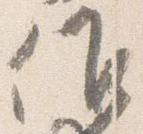
候